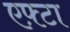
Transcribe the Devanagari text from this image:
एफ़्टा